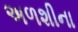
અળશીના